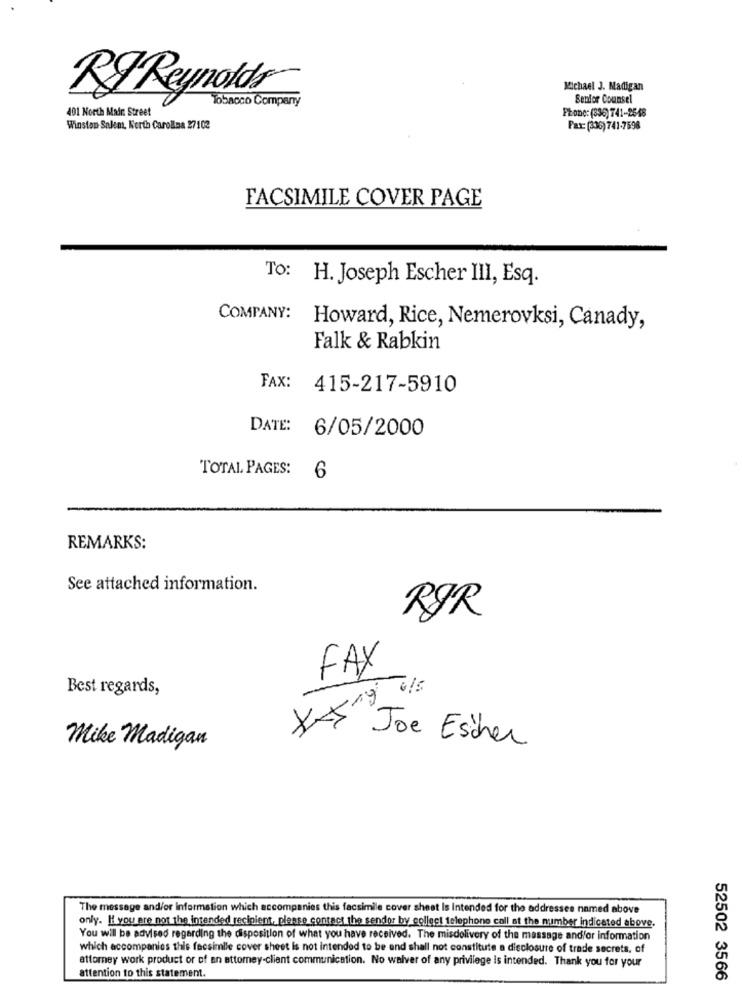
Michael J. Madigan
RF Reynolds
Tobacco Company
Senior Counsel
401 North Main Street
Phone: (336)741-2548
Winston Salem, North Carolina 27102
Fax: (336) 741-7598
FACSIMILE COVER PAGE
To:
H. Joseph Escher III, Esq.
COMPANY:
Howard, Rice, Nemerovksi, Canady,
Falk & Rabkin
FAX: 415-217-5910
DATE: 6/05/2000
TOTAL PAGES:
6
REMARKS:
See attached information.
RØR
FAX
Best regards,
6/5
-19
Mike Madigan
XA Joe Escher
The message and/or Information which accompanies this facsimile cover sheet Is Intended for the addressee named above
only. If you are not the intended recipient, please contact the sender by collect telephone call at the number indicated above.
You will be advised regarding the disposition of what you have received. The misdelivery of the massage andfor information
which accompanies this facsimile cover sheet is not intended to be and shall not constitute a disclosure of trade secrets, of
attorney work product or of an attorney-client communication. No waiver of any privilege is intended. Thank you for your
attention to this statement.
52502 3566